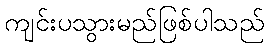
ကျင်းပသွားမည်ဖြစ်ပါသည်